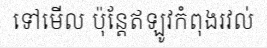
ទៅមើល ប៉ុន្តែឥឡូវកំពុងរវល់